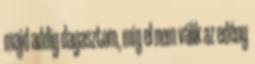
majd addig dagasztom, míg el nem válik az edény